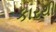
કારથી